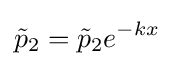
{\tilde {p}}_{2}={\tilde {p}}_{2}e^{-kx}